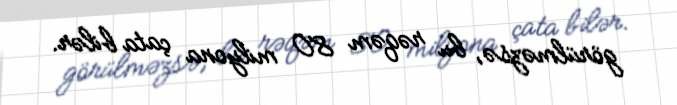
görülməzsə, bu rəqəm 80 milyona çata bilər.